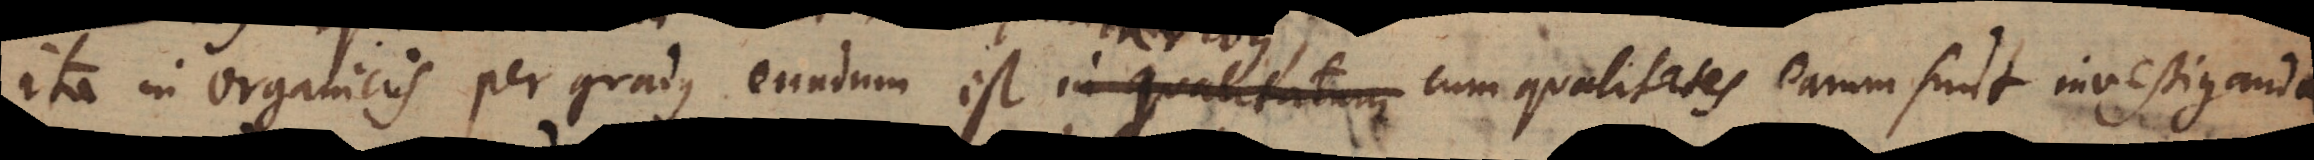
ita in organicis per gradus eundum est in qualitatem cum qualitates earum sunt investigandae